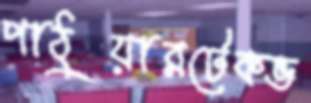
পাঠুয়ারটেকভ